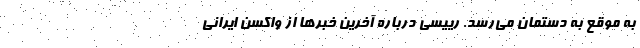
به موقع به دستمان می‌رسد. رییسی درباره آخرین خبرها از واکسن ایرانی